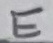
Text: E